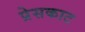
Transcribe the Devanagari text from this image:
प्रेसकाट